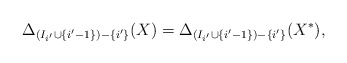
\begin{align*}\Delta_{(I_{i'} \cup \{i'-1\}) - \{i'\}}(X)=\Delta_{(I_{i'} \cup \{i'-1\}) - \{i'\}}(X^*),\end{align*}